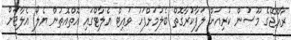
ރާއްޖޭގެ މޫސުން ކުރިއަށް ލަފާކުރާގޮތް ބެލުމަށްފަހު ވައިޓް އެލާޓްގައި އޮތްއޮތުން ޔެލޯ އެލާޓަށް